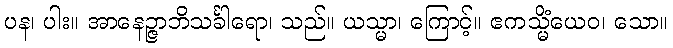
ပန၊ ပါး။ အာနေဉ္ဇာဘိသင်္ခါရော၊ သည်။ ယသ္မာ၊ ကြောင့်။ ဧကသ္မိံယေဝ၊ သော။